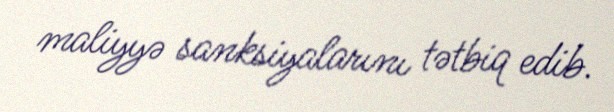
maliyyə sanksiyalarını tətbiq edib.